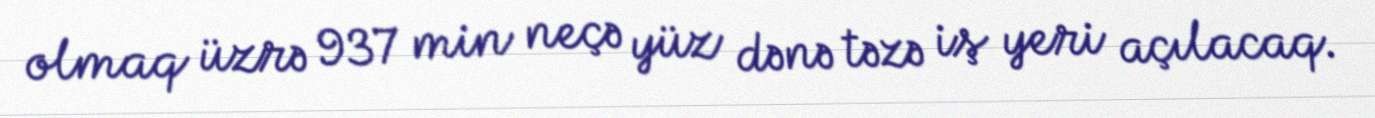
olmaq üzrə 937 min neçə yüz dənə təzə iş yeri açılacaq.